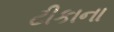
ટીકાના